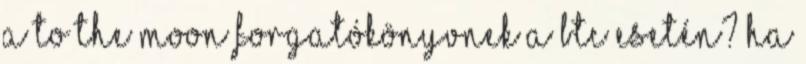
a to the moon forgatókönyvnek a BTC esetén? Ha